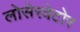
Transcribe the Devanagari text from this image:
लोसेरवेटोर